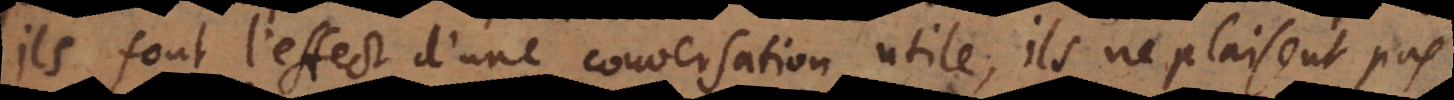
ils font l’effect d’une conversation utile, ils ne plaisent pas